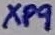
Text: XP9